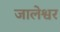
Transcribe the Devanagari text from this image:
जालेश्वर